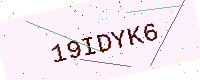
Text: 19IDYK6